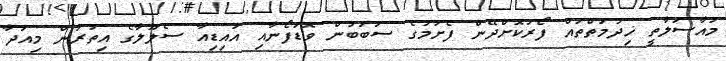
މުއާސަލާތީ ޚިދުމަތްތައް ފޯރުކޮށްދޭން ފެށުމުގެ ސަބަބުން ވޮޑަފޯނާއި އައިޑިއާ ސެލޫލާގެ އިތުރުން މިއަދާ